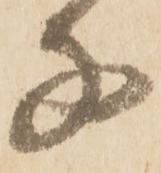
子